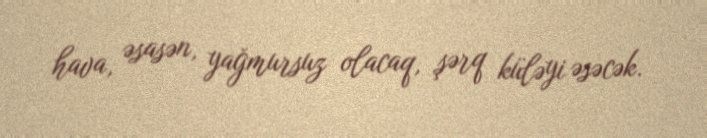
hava, əsasən, yağmursuz olacaq, şərq küləyi əsəcək.